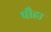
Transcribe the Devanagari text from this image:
पौहा